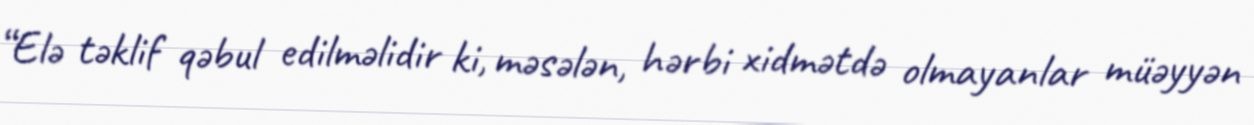
“Elə təklif qəbul edilməlidir ki, məsələn, hərbi xidmətdə olmayanlar müəyyən